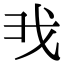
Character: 𢦐